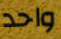
واحد